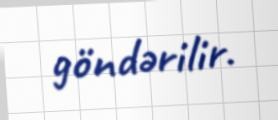
göndərilir.